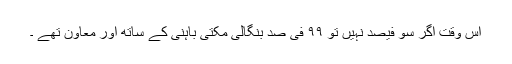
اس وقت اگر سو فیصد نہیں تو ۹۹ فی صد بنگالی مکتی باہنی کے ساتھ اور معاون تھے ۔